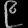
Digit: ၉